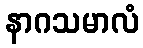
နာဂသမာလံ